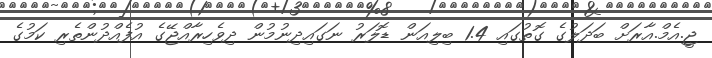
ޖީ.އެމް.އާރަށް ބަދަލުގެ ގޮތުގައި 1.4 ބިލިއަން ޑޮލަރު ނަގައިދިނުމުން ދިވެހިރާއްޖޭގެ އުފެއްދުންތެރި ކަމުގެ